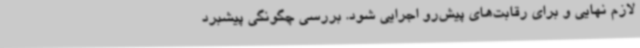
لازم نهایی و برای رقابت‌های پیش‌رو اجرایی شود. بررسی چگونگی پیشبرد